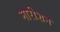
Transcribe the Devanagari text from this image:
मारीशन